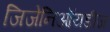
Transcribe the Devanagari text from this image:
जिजेनिऑयडीज